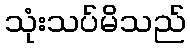
သုံးသပ်မိသည်